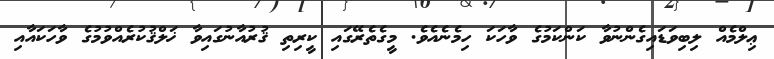
ޢިލްމެއް ލިބިވަޑައިގެންނުވާ ކަންކަމުގެ ވާހަކަ ހިމެނެއެވެ. މީގެތެރޭގައި ކީރިތި ޤުރުއާނުގައިވާ ޚަލްޤުކުރެއްވުމުގެ ވާހަކައާއި